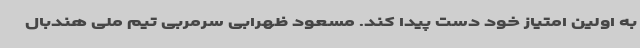
به اولین امتیاز خود دست پیدا کند. مسعود ظهرابی سرمربی تیم ملی هندبال